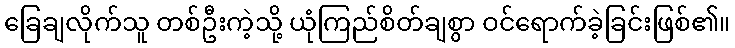
ခြေချလိုက်သူ တစ်ဦးကဲ့သို့ ယုံကြည်စိတ်ချစွာ ဝင်ရောက်ခဲ့ခြင်းဖြစ်၏။